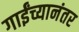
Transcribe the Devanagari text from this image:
गाईंच्यानंतर